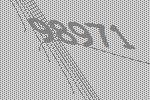
98971